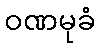
ဝဏမုခံ